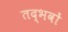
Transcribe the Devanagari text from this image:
तद्भवों